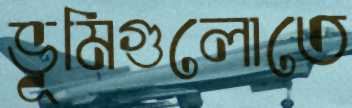
ভূমিগুলোতে